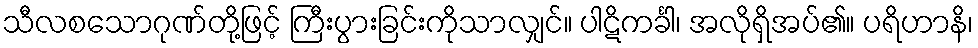
သီလစသောဂုဏ်တို့ဖြင့် ကြီးပွားခြင်းကိုသာလျှင်။ ပါဋိကင်္ခါ၊ အလိုရှိအပ်၏။ ပရိဟာနိ၊